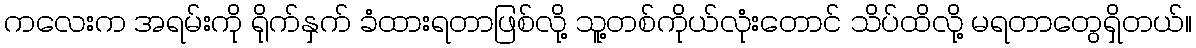
ကလေးက အရမ်းကို ရိုက်နှက် ခံထားရတာဖြစ်လို့ သူ့တစ်ကိုယ်လုံးတောင် သိပ်ထိလို့ မရတာတွေရှိတယ်။